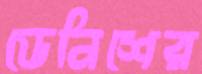
ডেনিশের